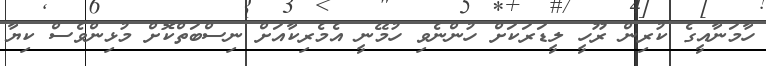
ހާމަނާއީގެ ކުރިން ރޫހީ ލީޑަރަކަށް ހުންނެވި ހުމޭނީ އެމެރިކާއަށް ނިސްބަތްކޮށް މުޅިންވެސް ކިޔާ